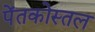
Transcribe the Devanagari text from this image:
पेंतकोस्तल